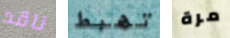
ناقد تهبط مرة